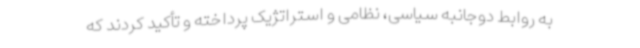
به روابط دوجانبه سیاسی، نظامی و استراتژیک پرداخته و تأکید کردند که